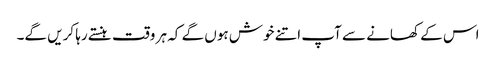
اس کے کھانے سے آپ اتنے خوش ہوں گے کہ ہر وقت ہنستے رہا کریں گے۔